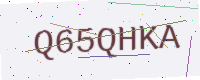
Text: Q65QHKA